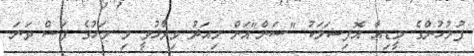
ފުލުހުންގެ މީޑިއާ އޮފިޝަލަކު "ސަން"އަށް މިއަދު ވިދާޅުވީ މި މަހުގެ ފަސް ވަނަ